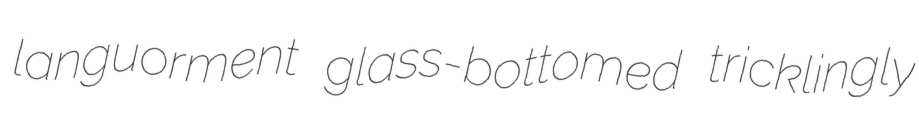
languorment glass-bottomed tricklingly